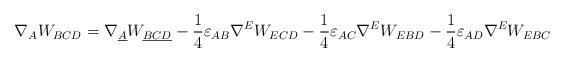
LaTeX: \begin{align*}\nabla_A W_{BCD}=\nabla_{\underline{A}} W_{\underline{BCD}} -\frac{1}{4}\varepsilon_{AB} \nabla^E W_{ECD} -\frac{1}{4} \varepsilon_{AC} \nabla^E W_{EBD}-\frac{1}{4} \varepsilon_{AD} \nabla^E W_{EBC} \end{align*}